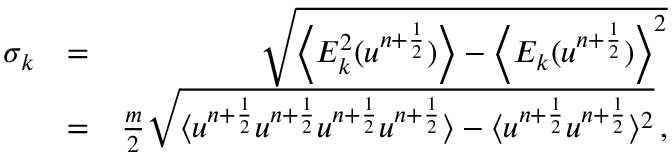
\begin{array} { r l r } { \sigma _ { k } } & { = } & { \sqrt { \left\langle E _ { k } ^ { 2 } ( u ^ { n + \frac { 1 } { 2 } } ) \right\rangle - \left\langle E _ { k } ( u ^ { n + \frac { 1 } { 2 } } ) \right\rangle ^ { 2 } } } \\ & { = } & { \frac { m } { 2 } \sqrt { \langle u ^ { n + \frac { 1 } { 2 } } u ^ { n + \frac { 1 } { 2 } } u ^ { n + \frac { 1 } { 2 } } u ^ { n + \frac { 1 } { 2 } } \rangle - \langle u ^ { n + \frac { 1 } { 2 } } u ^ { n + \frac { 1 } { 2 } } \rangle ^ { 2 } } \, , } \end{array}